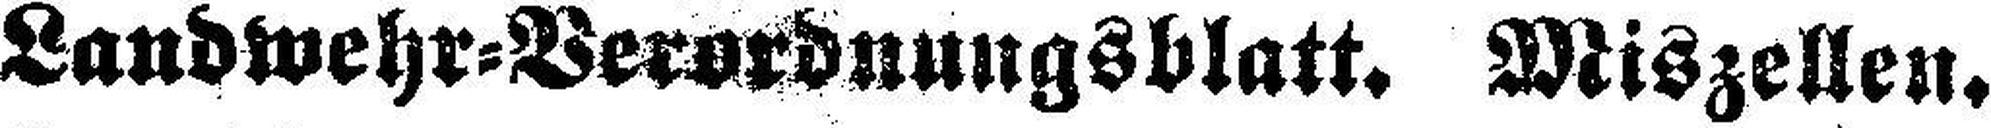
Landwehr=Verordnungsblatt. Miszellen.